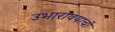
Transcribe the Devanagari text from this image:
उभारावयाची